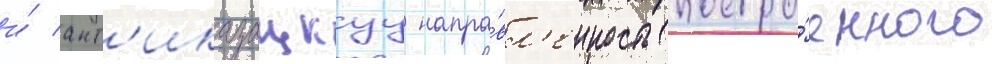
и́ ант'иказацкуу напра́вл'енность постро́енного